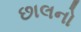
છાલનો